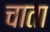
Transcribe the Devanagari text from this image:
चाता